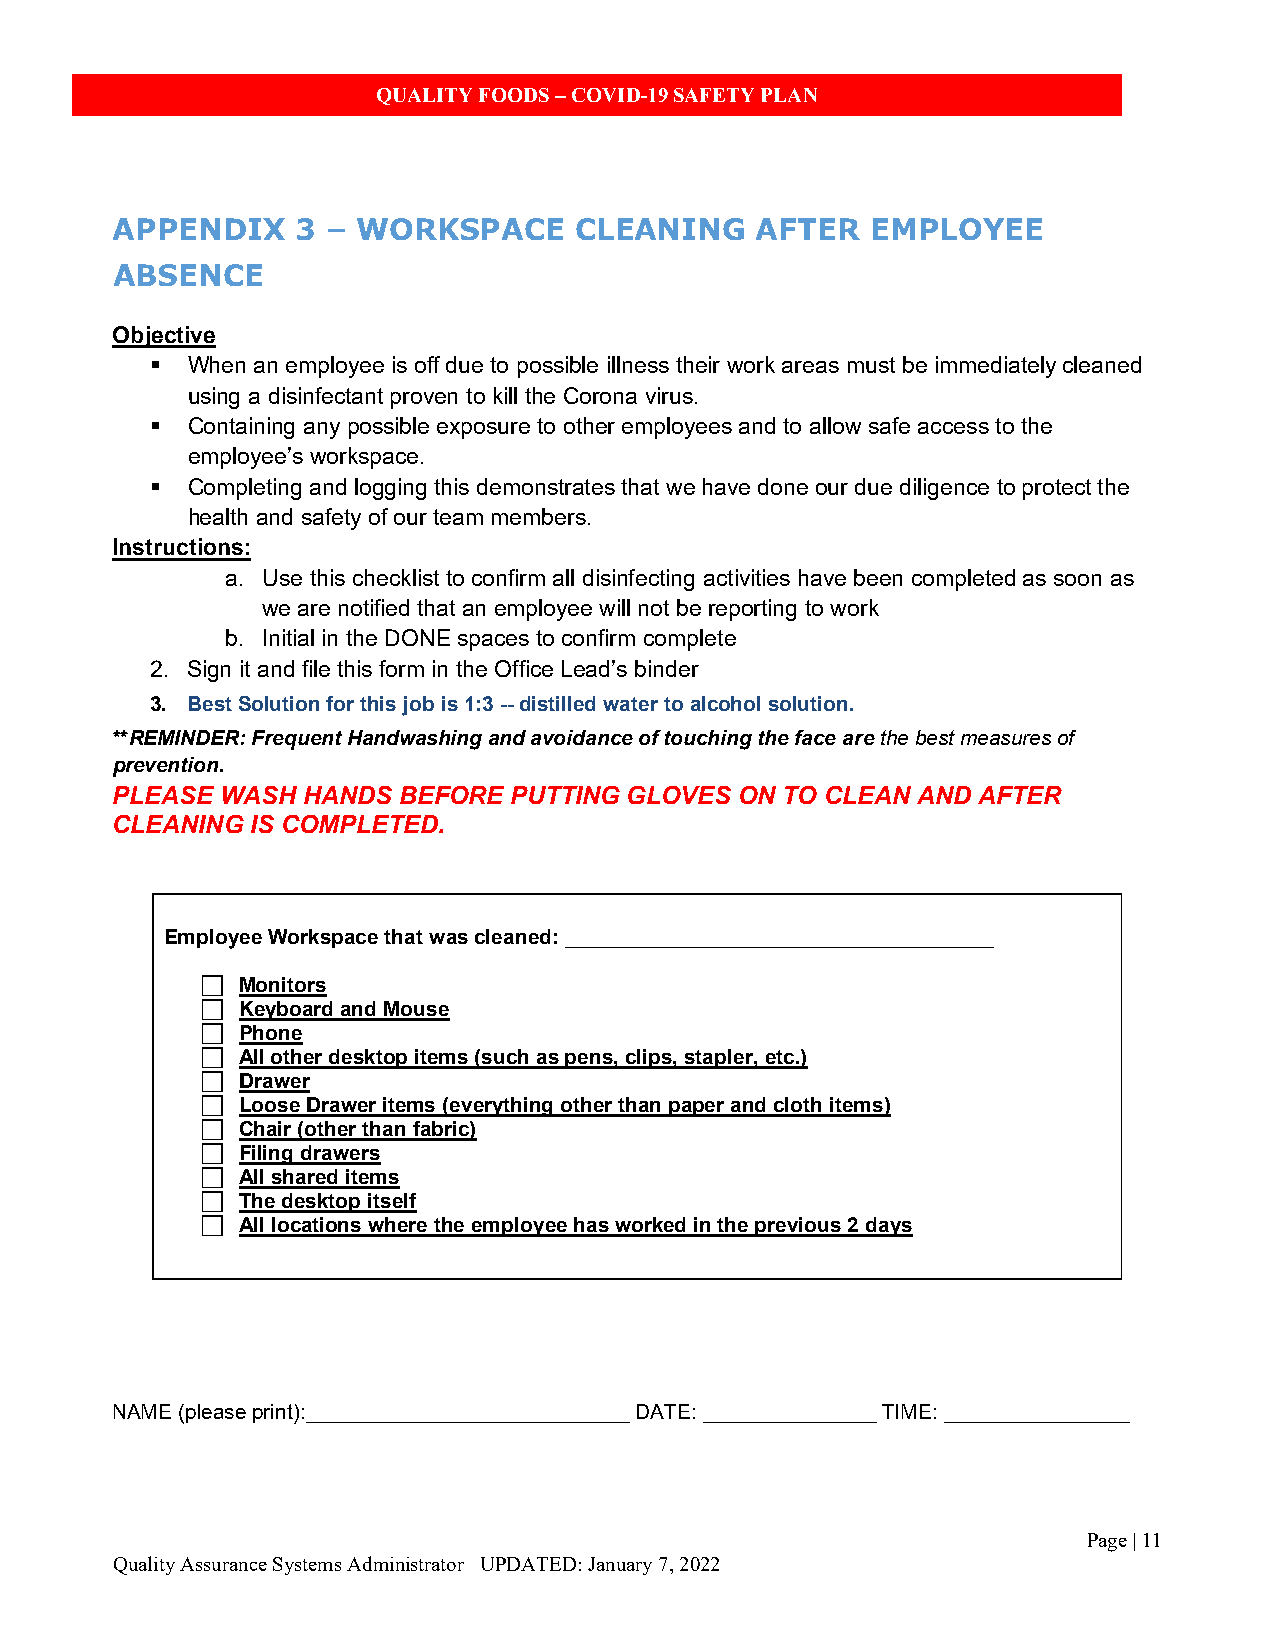
QUALITY FOODS – COVID-19 SAFETY PLAN
 APPENDIX     3 – WORKSPACE     CLEANING    AFTER   EMPLOYEE
 ABSENCE
 Objective
  When an employee is off due to possible illness their work areas must be immediately cleaned
 using a disinfectant proven to kill the Corona virus.
  Containing any possible exposure to other employees and to allow safe access to the
 employee’s workspace.
  Completing and logging this demonstrates that we have done our due diligence to protect the
 health and safety of our team members.
 Instructions:
 a. Use this checklist to confirm all disinfecting activities have been completed as soon as
 we are notified that an employee will not be reporting to work
 b. Initial in the DONE spaces to confirm complete
 2. Sign it and file this form in the Office Lead’s binder
 3. Best Solution for this job is 1:3 -- distilled water to alcohol solution.
 **REMINDER: Frequent Handwashing and avoidance of touching the face are the best measures of
 prevention.
 PLEASE  WASH HANDS BEFORE  PUTTING GLOVES ON TO CLEAN AND AFTER
 CLEANING  IS COMPLETED.
 Employee Workspace that was cleaned: _____________________________________
   Monitors
   Keyboard and Mouse
   Phone
   All other desktop items (such as pens, clips, stapler, etc.)
   Drawer
   Loose Drawer items (everything other than paper and cloth items)
   Chair (other than fabric)
   Filing drawers
   All shared items
   The desktop itself
   All locations where the employee has worked in the previous 2 days
 NAME (please print):____________________________ DATE: _______________ TIME: ________________
 Page | 11
 Quality Assurance Systems Administrator UPDATED: January 7, 2022